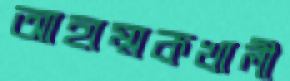
আহাম্মকখালী